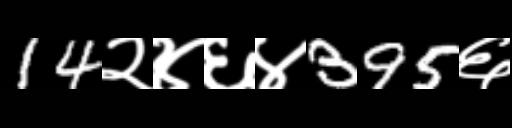
Text: 14२४६४395६